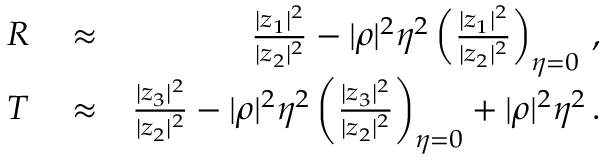
\begin{array} { r l r } { R } & { { } \approx } & { \frac { | z _ { 1 } | ^ { 2 } } { | z _ { 2 } | ^ { 2 } } - | \rho | ^ { 2 } \eta ^ { 2 } \left( \frac { | z _ { 1 } | ^ { 2 } } { | z _ { 2 } | ^ { 2 } } \right) _ { \eta = 0 } \, , } \\ { T } & { { } \approx } & { \frac { | z _ { 3 } | ^ { 2 } } { | z _ { 2 } | ^ { 2 } } - | \rho | ^ { 2 } \eta ^ { 2 } \left( \frac { | z _ { 3 } | ^ { 2 } } { | z _ { 2 } | ^ { 2 } } \right) _ { \eta = 0 } + | \rho | ^ { 2 } \eta ^ { 2 } \, . } \end{array}